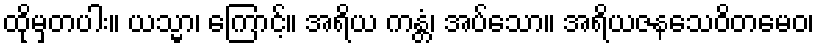
ထိုမှတပါး။ ယသ္မာ၊ ကြောင့်။ အရိယ ကန္တံ၊ အပ်သော။ အရိယဇနသေဝိတမေဝ၊